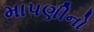
માપણીનો